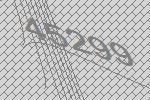
45299